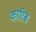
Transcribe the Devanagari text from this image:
कारिब